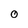
Character: 0